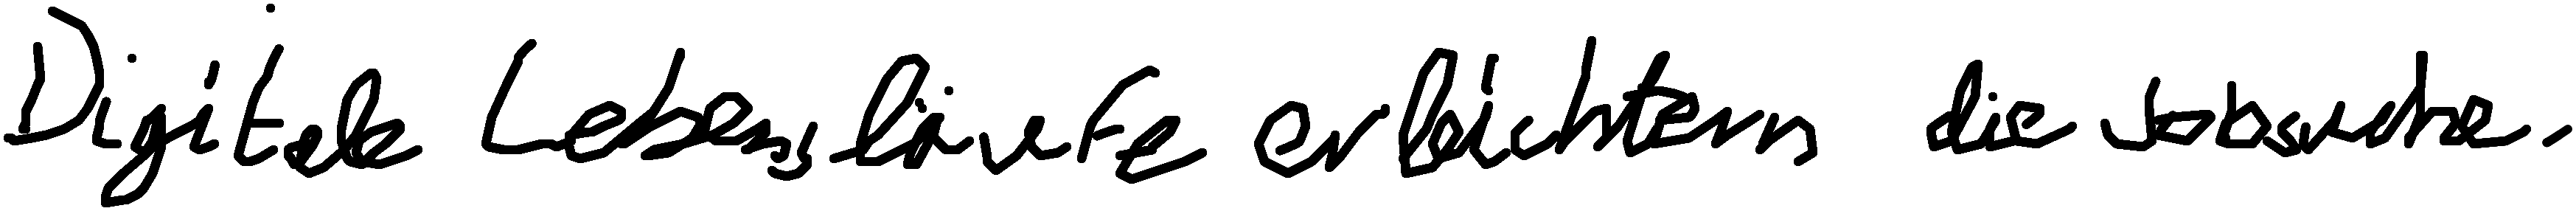
Digitale Lebensläufe erleichtern die Jobsuche.